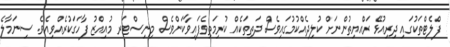
ފްލެޓްތަކުގައި ދިރިއުޅޭ ރައްޔިތުންނަށް ކުލިދެއްކުމުގައިވެސް ދަތިތަކެއް ކުރިމަތިވެފައިވާކަންވެސް މިނިސްޓަރ މުއިއްޒު ފާހަގަކުރެއްވިއެވެ. ސިނަމާލެ